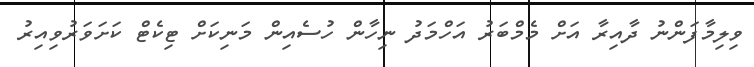
ވިލިމާފަންނު ދާއިރާ އަށް މެމްބަރު އަހްމަދު ނިހާން ހުސެއިން މަނިކަށް ޓިކެޓް ކަށަވަރުވިއިރު